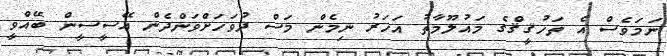
ނަމަވެސް އެ ތަހުޤީޤްގެ މައުލޫމާތު އަހަރު ނިމެން މަސް ދުވަހަށްވަންދެން އޭސީސީން ބޭއްވީ